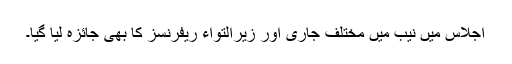
اجلاس میں نیب میں مختلف جاری اور زیرالتواء ریفرنسز کا بھی جائزہ لیا گیا۔